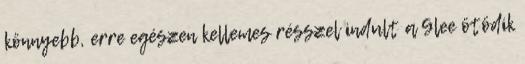
könnyebb, erre egészen kellemes résszel indult a Glee ötödik